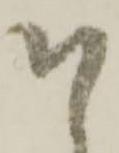
そ